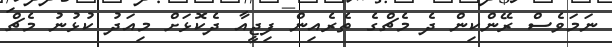
ނަމަވެސް ރޭންކިން ދެ މެޗްގެ ތެރެއިން ފިޖީއާ ދެކޮޅަށް މިއަދު ކުޅުނު މެޗް